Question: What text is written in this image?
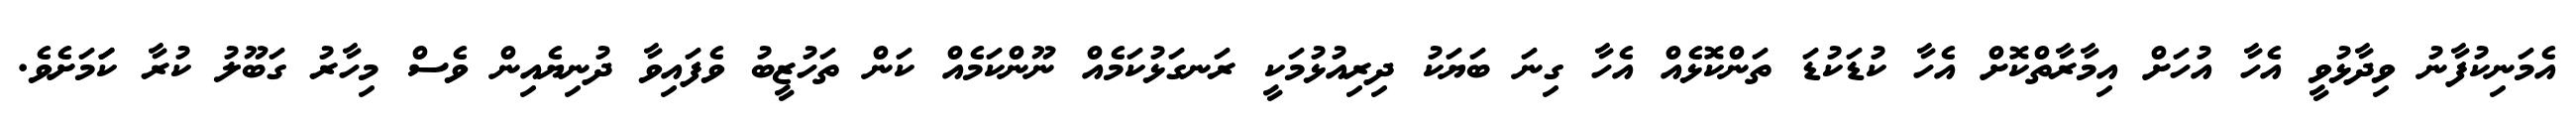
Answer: އެމަނިކުފާނު ވިދާޅުވީ އެހާ އުހަށް އިމާރާތްކޮށް އެހާ ކުޑަކުޑަ ތަންކޮޅެއް އެހާ ގިނަ ބަޔަކު ދިރިއުޅުމަކީ ރަނގަޅުކަމެއް ނޫންކަމެއް ކަން ތަހުޒީބު ވެފައިވާ ދުނިޔެއިން ވެސް މިހާރު ގަބޫލު ކުރާ ކަަމަށެވެ.